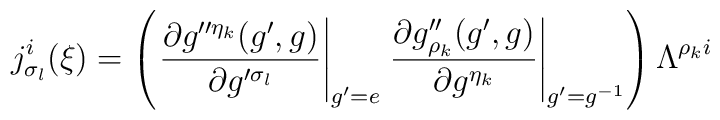
j_{\sigma_l}^i(\xi) =  \left( \left. \frac{\partial g''^{\eta_k} (g', g)}{\partial g'^{\sigma_l}} \right|_{g' = e}  \left. \frac{\partial g''_{\rho_k} (g', g)}{\partial g^{\eta_k}} \right|_{g' = g^{-1}} \right) \Lambda^{\rho_k i}